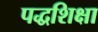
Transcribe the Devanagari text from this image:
पद्धशिक्षा